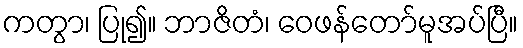
ကတွာ၊ ပြု၍။ ဘာဇိတံ၊ ဝေဖန်တော်မူအပ်ပြီ။